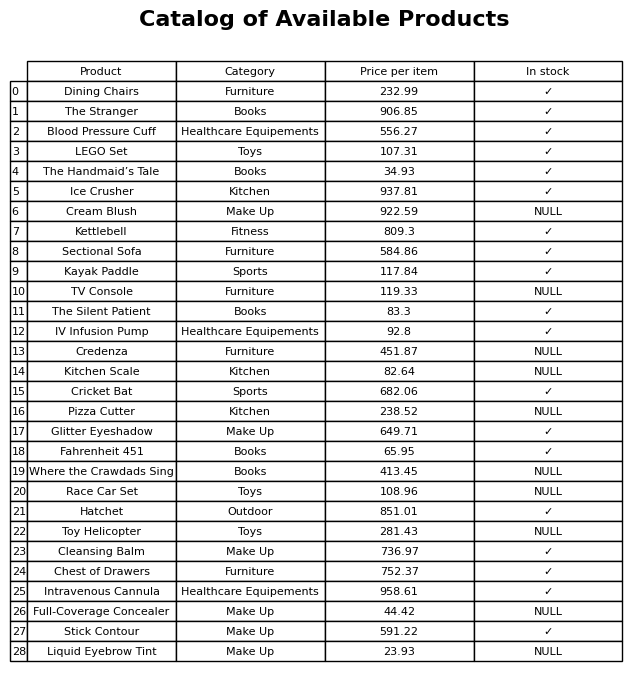
question: Which products are available in stock?
answer: Dining Chairs, The Stranger, Blood Pressure Cuff, LEGO Set, The Handmaid’s Tale, Ice Crusher, Kettlebell, Sectional Sofa, Kayak Paddle, The Silent Patient, IV Infusion Pump, Cricket Bat, Glitter Eyeshadow, Fahrenheit 451, Hatchet, Cleansing Balm, Chest of Drawers, Intravenous Cannula, Stick Contour